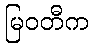
မြဝတီက